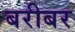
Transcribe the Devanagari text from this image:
बरीबर